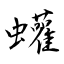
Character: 蠸